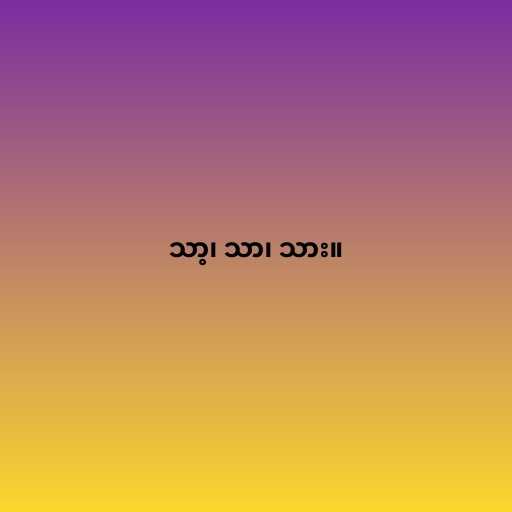
သာ့၊ သာ၊ သား။